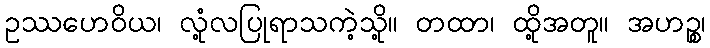
ဥဿဟေဝိယ၊ လုံ့လပြုရာသကဲ့သို့။ တထာ၊ ထို့အတူ။ အဟဉ္စ၊